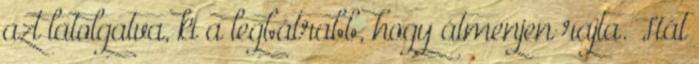
azt latolgatva, ki a legbátrabb, hogy átmenjen rajta. Hát